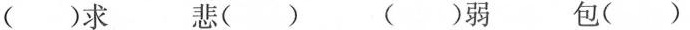
( )求 悲( ) ( )弱 包( )